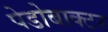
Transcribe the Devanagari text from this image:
पेडोबाक्टर